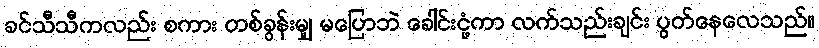
ခင်သီသီကလည်း စကား တစ်ခွန်းမျှ မပြောဘဲ ခေါင်းငုံ့ကာ လက်သည်းချင်း ပွတ်နေလေသည်။